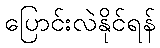
ပြောင်းလဲနိုင်ရန်